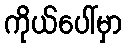
ကိုယ်ပေါ်မှာ